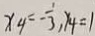
x _ { 4 } = - \frac { 1 } { 3 } , y _ { 4 } = 1